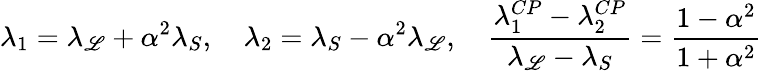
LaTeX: \lambda_{1}=\lambda_{\mathscr{L}}+\alpha^{2}\lambda_{S},\quad\lambda_{2}=\lambda_{S}-\alpha^{2}\lambda_{\mathscr{L}},\quad\frac{{\lambda_{1}^{CP}-\lambda_{2}^{CP}}}{{\lambda_{\mathscr{L}}-\lambda_{S}}}=\frac{{1-\alpha^{2}}}{{1+\alpha^{2}}}